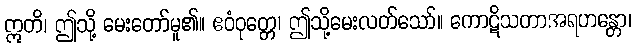
ဣတိ၊ ဤသို့ မေးတော်မူ၏။ ဧဝံဝုတ္တေ၊ ဤသို့မေးလတ်သော်။ ကောဋိသတာအရဟန္တော၊